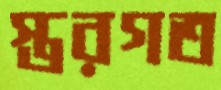
স্তরগত